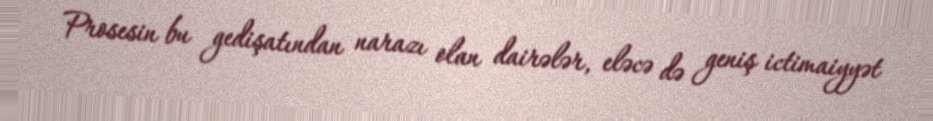
Prosesin bu gedişatından narazı olan dairələr, eləcə də geniş ictimaiyyət